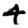
Digit: 4